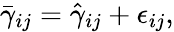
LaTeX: \bar{\gamma}_{ij}=\hat{\gamma}_{ij}+\epsilon_{ij},